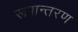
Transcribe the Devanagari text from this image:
रूपान्‍तरण